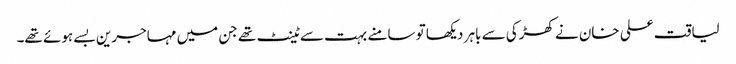
لیاقت علی خان نے کھڑکی سے باہر دیکھا تو سامنے بہت سے ٹینٹ تھے جن میں مہاجرین بسے ہوئے تھے۔